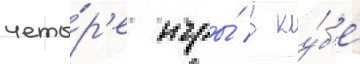
четы́р'е игры́ в клу́б'е